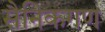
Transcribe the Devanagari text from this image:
सैनिकगण